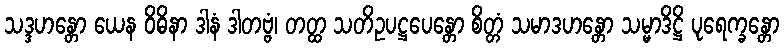
သဒ္ဒဟန္တော ယေန ဝိဓိနာ ဒါနံ ဒါတဗ္ဗံ၊ တတ္ထ သတိဥပဋ္ဌပေန္တော စိတ္တံ သမာဒဟန္တော သမ္မာဒိဋ္ဌိ ပုရေက္ခန္တော